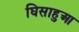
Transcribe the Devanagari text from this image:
घिसाहुआ